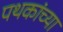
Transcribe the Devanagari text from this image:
पथकांच्या